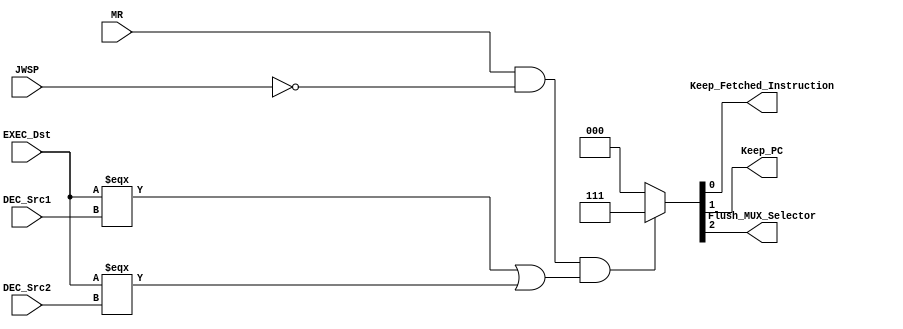
module Load_Use_Case(
    MR,EXEC_Dst, DEC_Src1, DEC_Src2, Keep_Fetched_Instruction, Keep_PC, Flush_MUX_Selector , JWSP
);
    input MR,JWSP;
    input [2:0] EXEC_Dst, DEC_Src1, DEC_Src2;
    output Keep_Fetched_Instruction, Keep_PC, Flush_MUX_Selector;

    assign {Flush_MUX_Selector, Keep_PC, Keep_Fetched_Instruction} = 
        ((MR==1'b1&&!JWSP) && (EXEC_Dst===DEC_Src1 || EXEC_Dst===DEC_Src2))? 3'd7: 3'd0;

endmodule